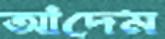
আদেম